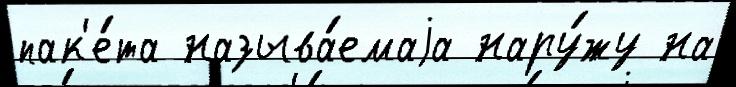
пак'е́та называ́емаjа нару́жу на